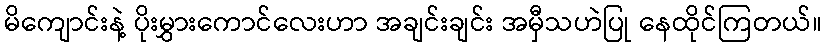
မိကျောင်းနဲ့ ပိုးမွှားကောင်လေးဟာ အချင်းချင်း အမှီသဟဲပြု နေထိုင်ကြတယ်။